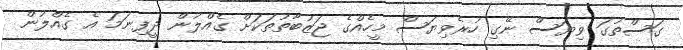
ގަސްތުގަ ވިޔަސް ނޭގި ހުރެވިޔަސް މީހެއްގެ ޖަޒުބާތުތަކަށް ގެއްލުން ދީފިނަމަ އެ ގެއްލުން